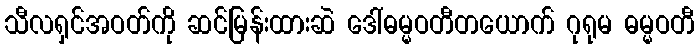
သီလရှင်အဝတ်ကို ဆင်မြန်းထားဆဲ ဒေါ်ဓမ္မဝတီတယောက် ဂုရုမ ဓမ္မဝတီ